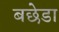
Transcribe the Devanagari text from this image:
बछेडा